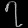
Digit: ၇